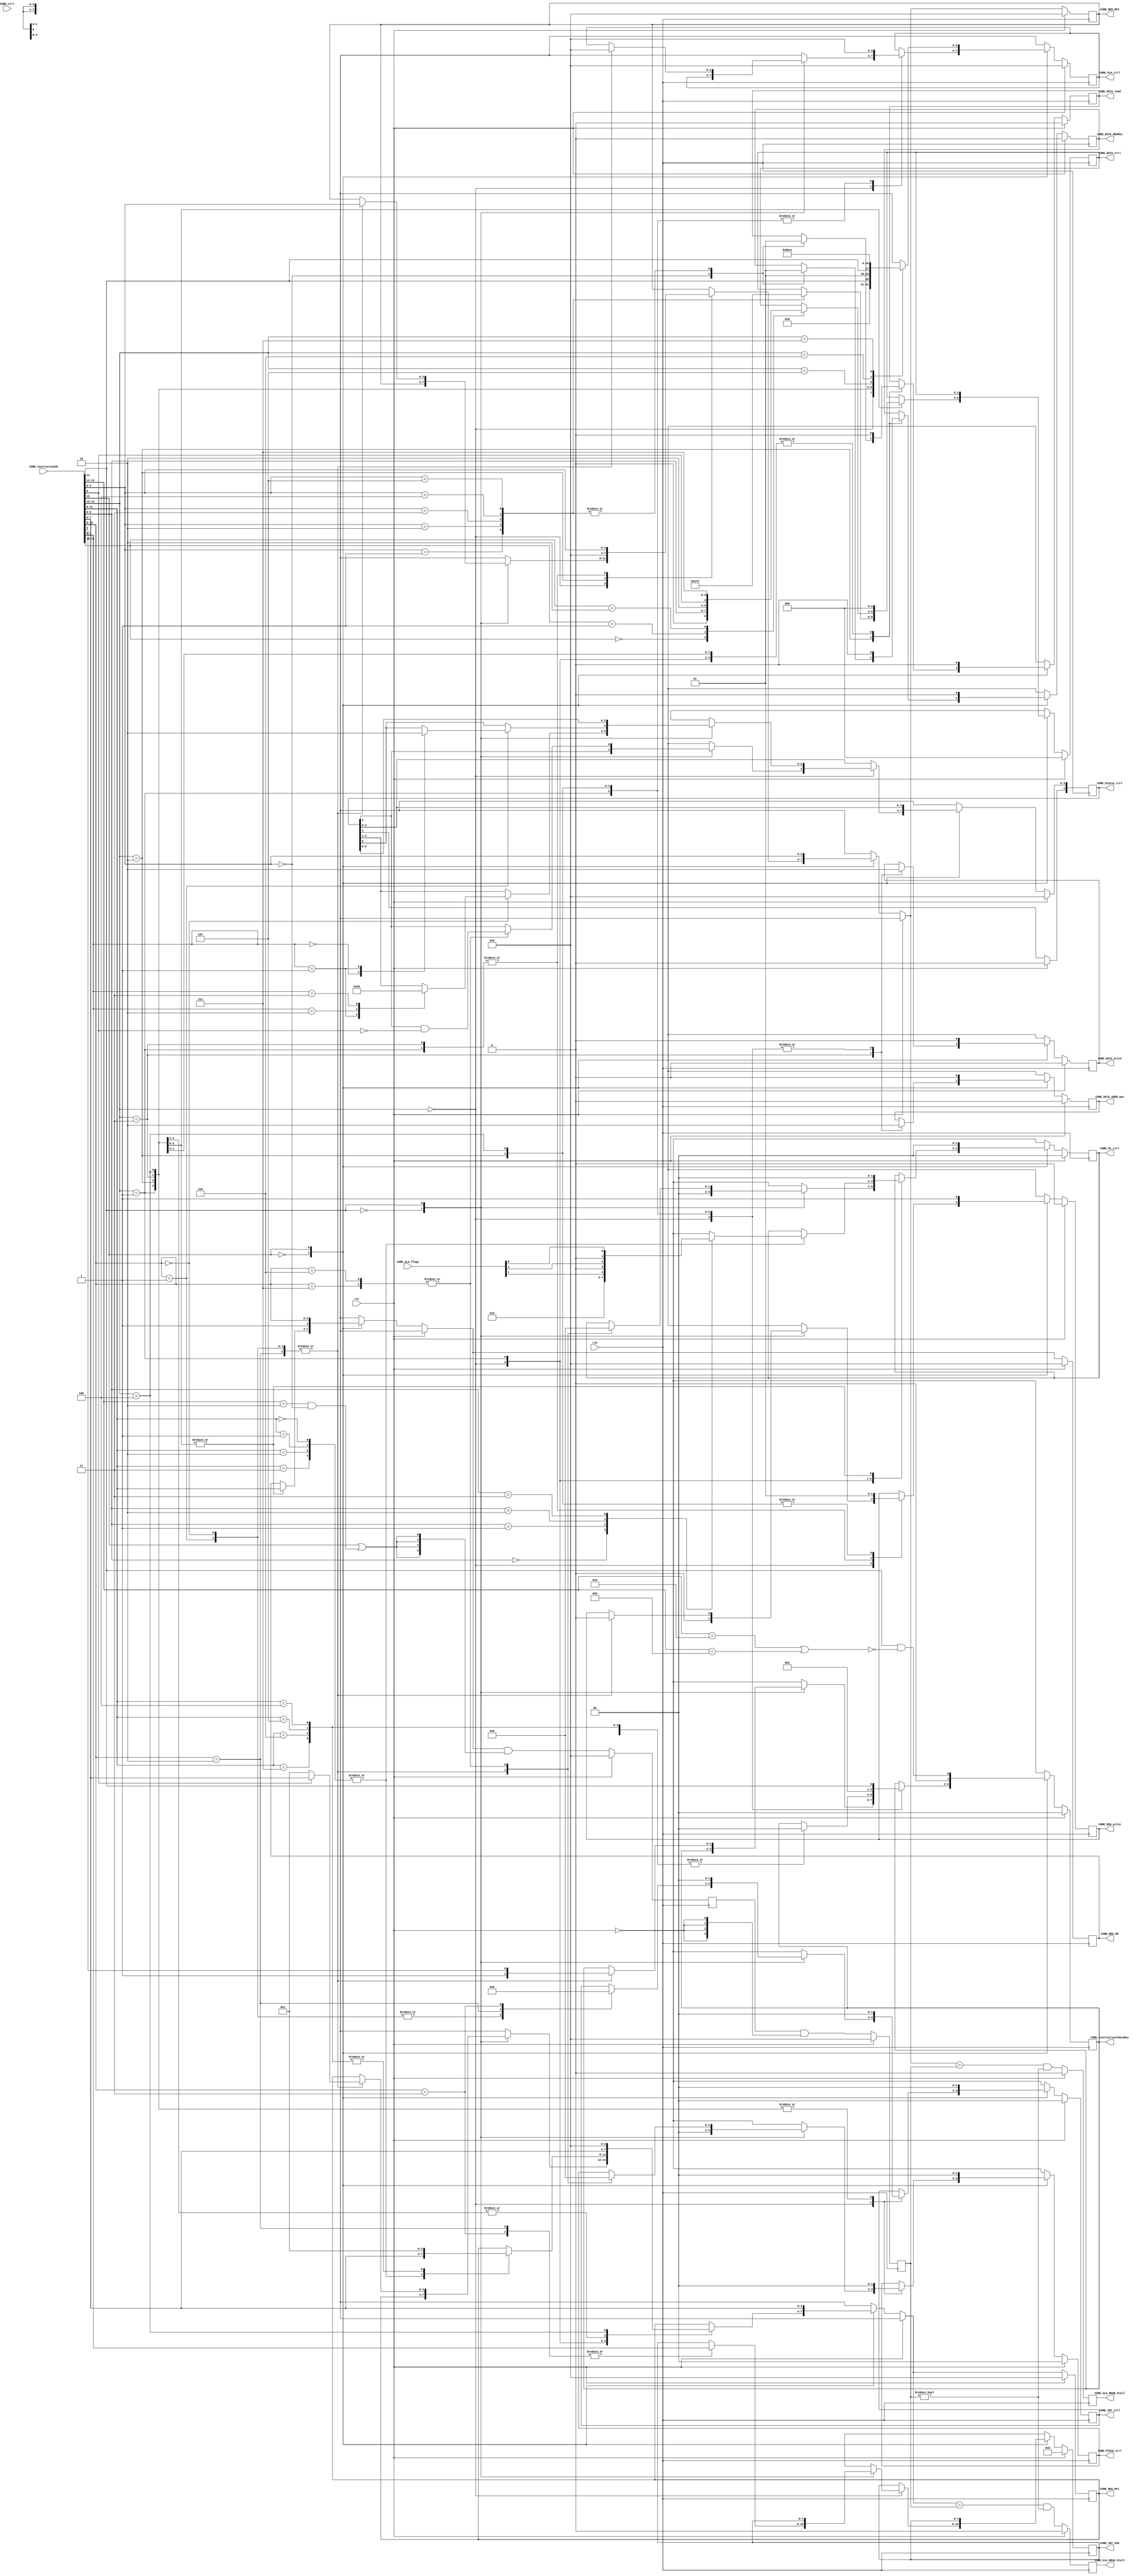
module NRISC_InstructionDecoder(
								CORE_InstructionIN,				//instruction input
								CORE_InstructionToULAMux,	//MUX ctrl of instruction in to REGs
								CORE_ctrl,								//CORE external input ctrl BUS
								CORE_Status_ctrl,					//CORE status output
								CORE_ULA_ctrl,						//ULA output ctrl BUS
								CORE_ULA_flags,						//ULA flags input {M,Z,C}
								CORE_ULA_REGA_Stall,
								CORE_ULA_REGB_Stall,
								CORE_REG_RF1,							//REGs to ULA ctrl 1
								CORE_REG_RF2,							//REGs to ULA ctrl 2
								CORE_REG_RD,							//REGs inputs ctrl
								CORE_REG_write,						//REGs write ctrl
								CORE_DATA_write,					//DATA write ctrl
								CORE_DATA_load,						//DATA load ctrl
								CORE_DATA_ctrl,						//DATA size load/store ctrl
								CORE_DATA_ADDR_mux,				//DATA clk
								CORE_DATA_REGMux,					//DATA to REGs MUX
								CORE_STACK_ctrl,					//CORE to STACK ctrl
								CORE_PC_ctrl,							//CORE to PC ctrl MUX
								CORE_INT_CHA,							//CORE to interrupt vector channel
								CORE_INT_ctrl,						//CORE to interrupt vector control
								clk,											//Main clk source
								rst												//general rst
								);

		//CORE
		input wire clk;
		input wire rst;
		input wire [2:0] CORE_ctrl;
		output reg [4:0] CORE_Status_ctrl;
		//Instruction
		input wire [15:0] CORE_InstructionIN;
		output reg [1:0]CORE_InstructionToULAMux;
		//ULA
		input wire [2:0] CORE_ULA_flags;
		output reg [3:0] CORE_ULA_ctrl;
		output reg CORE_ULA_REGA_Stall;
		output reg CORE_ULA_REGB_Stall;
		//REG ctrl
		output reg [3:0] CORE_REG_RD;
		output reg [3:0] CORE_REG_RF1;
		output reg [3:0] CORE_REG_RF2;
		output reg CORE_REG_write;
		//DATA
		output reg CORE_DATA_write;
		output reg CORE_DATA_load;
		output reg CORE_DATA_ADDR_mux;
		output reg [2:0] CORE_DATA_ctrl;
		output reg CORE_DATA_REGMux;
		//STACK
		output reg [1:0] CORE_STACK_ctrl;
		//PC
		output reg [1:0] CORE_PC_ctrl;
		//Interrupt Vector
		output reg [7:0] CORE_INT_CHA ;
		output reg [1:0] CORE_INT_ctrl ;

		reg [3:0] old_rd,old_rd1;
		reg rd_old_write;


//==========================COMECA A DESCRICAO==================================

		always @ ( posedge clk ) begin
			if(rst) begin
					CORE_Status_ctrl=0;
					CORE_InstructionToULAMux=0;
					CORE_ULA_ctrl=0;
					CORE_ULA_REGA_Stall=0;
					CORE_ULA_REGB_Stall=0;
					CORE_REG_RD=0;
					CORE_REG_RF1=0;
					CORE_REG_RF2=0;
					CORE_REG_write=0;
					CORE_DATA_write=0;
					CORE_DATA_load=0;
					CORE_DATA_ADDR_mux=0;
					CORE_DATA_ctrl=0;
					CORE_DATA_REGMux=0;
					CORE_STACK_ctrl=0;
					CORE_PC_ctrl=0;
					CORE_INT_CHA =0;
					CORE_INT_ctrl =0;
					old_rd1=0;
					rd_old_write=0;
			end
			else begin
				case(CORE_InstructionIN[15])
						1'b0:begin//No ULA Operation
									case(CORE_InstructionIN[14:12])
										3'h0:begin //CPU ctrl and CALL's
												case(CORE_InstructionIN[11])
													//==================OPERACOES DE CTRL=================
														1'b0:begin //CPU ctrl
																//CORE Operations
																case(CORE_InstructionIN[10:8])
																		3'h0:begin// CTRL select
																				//Interrupt Operations
																				CORE_INT_ctrl=2'b00;
																				case(CORE_InstructionIN[7:0])
																					8'h0:begin //No Operatio(NOP)

																					end
																					8'h1:begin //HALT
																						CORE_Status_ctrl[2:1]=2'b11;
																					end
																					8'h2:begin //WAIT
																						CORE_Status_ctrl[2:1]=2'b01;
																					end
																					8'h3:begin //SLEEP
																						CORE_Status_ctrl[2:1]=2'b10;
																					end
																				endcase
																		end

																		3'h1:begin// CPU Mode's Select
																				case(CORE_InstructionIN[7:0])
																					8'h0:begin //Global interrupt enable(GIE)
																						CORE_Status_ctrl[0]=1'b1;
																					end
																					8'h1:begin //Global interrupt disable(GID)
																						CORE_Status_ctrl[0]=1'b0;
																					end
																				endcase
																				//Interrupt Operations
																				CORE_INT_ctrl=2'b00; //no interrupt operations
																		end
																		3'h2:begin// Interrupt enable (SIE)
																				CORE_INT_CHA=CORE_InstructionIN[7:0]; //Select interrupt channel
																				CORE_INT_ctrl=2'b01; //Enable interrupt channel
																		end
																		3'h3:begin// Interrupt disable (SID)
																				CORE_INT_CHA=CORE_InstructionIN[7:0]; //Select interrupt channel
																				CORE_INT_ctrl=2'b10; //disable interrupt channel
																		end

																endcase
																//REGs Operations
																CORE_REG_write=1'b0; //No REGs data Write
																//ULA Operations
																 /*No ULA Operations*/
																//MEM Operations
																CORE_DATA_load=1'b0;	//No Data load
																CORE_DATA_write=1'b0; //No Data Write
																CORE_DATA_REGMux=1'b0;//REGs receive ULA_OUT
																CORE_DATA_ADDR_mux=1'b0;//DATA addr receive ULA_OUT
																//STACK Operations
																CORE_STACK_ctrl=2'b00;// No STACK operation
																//PC Operations
																CORE_PC_ctrl=2'b0;	//normal operation (PC=PC+1)
														end
													//==================CALL'S & RET'S====================
														1'b1:begin	//CALL's & RET's
																case(CORE_InstructionIN[10:8])
																	3'h0,3'h1,3'h2:begin //CALL's(CALL, RCALL & IRCALL)
																		//REGs Operations
																		CORE_REG_RF1= CORE_InstructionIN[8] ?
																										CORE_InstructionIN[7:4]:
																										4'h1;
																		CORE_REG_RF2=CORE_InstructionIN[3:0];
																		CORE_REG_write=1'b0; //no REGs data Write
																		//ULA Operations
																		CORE_InstructionToULAMux={1'b1,CORE_InstructionIN[9]};
																		CORE_ULA_ctrl=4'h0;//sum(ADD)
																		//STACK Operations
																		CORE_STACK_ctrl=2'b01;// avanca 1 na pilha
																		//PC Operations
																		CORE_PC_ctrl=2'b1;	//CALL or JMP operation (PC=ULA_OUT)
																	end
																	3'h6,3'h7: begin //RETs(RET & RETI)
																		//CORE Operations
																		CORE_Status_ctrl[3]= CORE_Status_ctrl[3]&~CORE_InstructionIN[8];
																		//STACK Operations
																		CORE_STACK_ctrl=2'b10;// retorna 1 na pilha
																		//PC Operations
																		CORE_PC_ctrl=2'b10;	//RET operation (PC=STACK-1)
																	end
																endcase
																//MEM Operations
																CORE_DATA_load=1'b0;	//No Data load
																CORE_DATA_write=1'b0; //No Data Write
																CORE_DATA_REGMux=1'b0;//REGs receive ULA_OUT
																CORE_DATA_ADDR_mux=1'b0;//DATA addr receive ULA_OUT
																//Interrupt Operations
																CORE_INT_ctrl=2'b00; //no interrupt operations

														end
												endcase
										end
										//=====================Desvio de fluxo======================
										3'h1:begin
											case(CORE_InstructionIN[11:8])
												4'h0,4'h1,4'h2,4'h3:begin //JMP,JZ,JM & JC
														//REGs Operations
														CORE_REG_RF1= CORE_InstructionIN[7:4];//REG_A receive RF1
														//ULA Operations
														CORE_InstructionToULAMux=2'b00; //ULA_B receive REG_B
														//PC Operations
														case(CORE_InstructionIN[9:8])
															2'h0://JMP
																	CORE_PC_ctrl=2'b01;	//CALL or JMP operation (PC=ULA_OUT)
															2'h1://JZ
																	CORE_PC_ctrl={1'b0,CORE_ULA_flags[1]};	//CALL or JMP operation (PC=ULA_OUT)
															2'h2://JM
																	CORE_PC_ctrl={1'b0,CORE_ULA_flags[2]};	//CALL or JMP operation (PC=ULA_OUT)
															2'h3://JC
																	CORE_PC_ctrl={1'b0,CORE_ULA_flags[0]};	//CALL or JMP operation (PC=ULA_OUT)
														endcase
														end
												4'h4,4'h5,4'h6,4'h7:begin //RJMP,RJZ,RJM & RJC
														//REGs Operations
														CORE_REG_RF1= 4'h1;//REG_A receive R1(PC)
														//ULA Operations
														CORE_InstructionToULAMux=2'b00; //ULA_B receive REG_B
														//PC Operations
														case(CORE_InstructionIN[9:8])
															4'h4://RJMP
																	CORE_PC_ctrl=2'b01;	//CALL or JMP operation (PC=ULA_OUT)
															4'h5://RJZ
																	CORE_PC_ctrl={1'b0,CORE_ULA_flags[1]};	//CALL or JMP operation (PC=ULA_OUT)
															4'h6://RJM
																	CORE_PC_ctrl={1'b0,CORE_ULA_flags[2]};	//CALL or JMP operation (PC=ULA_OUT)
															4'h7://RJC
																	CORE_PC_ctrl={1'b0,CORE_ULA_flags[0]};	//CALL or JMP operation (PC=ULA_OUT)
														endcase
														end
												4'h4,4'h5,4'h6,4'h7:begin //IRJMP,IRJZ,IRJM & IRJC
														//REGs Operations
														CORE_REG_RF1= 4'h1;//REG_A receive R1(PC)
														//ULA Operations
														CORE_InstructionToULAMux=2'b11; //ULA_B receive Instruction Imediate(signed)
														//PC Operations
														case(CORE_InstructionIN[9:8])
															4'h4://IRJMP
																	CORE_PC_ctrl=2'b01;	//CALL or JMP operation (PC=ULA_OUT)
															4'h5://IRJZ
																	CORE_PC_ctrl={1'b0,CORE_ULA_flags[1]};	//CALL or JMP operation (PC=ULA_OUT)
															4'h6://IRJM
																	CORE_PC_ctrl={1'b0,CORE_ULA_flags[2]};	//CALL or JMP operation (PC=ULA_OUT)
															4'h7://IRJC
																	CORE_PC_ctrl={1'b0,CORE_ULA_flags[0]};	//CALL or JMP operation (PC=ULA_OUT)
														endcase


												end
											endcase
											//REGs Operations
											CORE_REG_RF2=CORE_InstructionIN[3:0];
											CORE_REG_write=1'b0; //no REGs data Write
											//ULA Operations
											CORE_ULA_ctrl=4'h0;//sum(ADD)
											//STACK Operations
											CORE_STACK_ctrl=2'b00;// No STACK operation
											//MEM Operations
											CORE_DATA_load=1'b0;	//No Data load
											CORE_DATA_write=1'b0; //No Data Write
											CORE_DATA_REGMux=1'b0;//REGs receive ULA_OUT
											CORE_DATA_ADDR_mux=1'b0;//DATA addr receive ULA_OUT
											//Interrupt Operations
											CORE_INT_ctrl=2'b00; //no interrupt operations
										end

										//========================DATA MOV==========================
										3'h2:begin // LOAD's(MOV,LW,LSB,LUB,LSHW & LUHW)
												case(CORE_InstructionIN[3:0])
														4'h0:begin//MOV
																CORE_DATA_load=1'b0;	//No Data load
																CORE_DATA_REGMux=1'b0;//REGs receive ULA_OUT
																//CORE_DATA_ctrl=3'b0;
															end
														4'h1:begin//LW
																CORE_DATA_load=1'b1;	//yes Data load
																CORE_DATA_REGMux=1'b1;//REGs receive DATA_out
																CORE_DATA_ctrl=3'b0; //Load Word
															end
														4'h2:begin//LSB
																CORE_DATA_load=1'b1;	//yes Data load
																CORE_DATA_REGMux=1'b1;//REGs receive DATA_out
																CORE_DATA_ctrl=3'b101; //Load signed byte
															end
														4'h3:begin//LUB
																CORE_DATA_load=1'b1;	//yes Data load
																CORE_DATA_REGMux=1'b1;//REGs receive DATA_out
																CORE_DATA_ctrl=3'b001; //Load unsigned byte
															end
														4'h4:begin//LSHW
																CORE_DATA_load=1'b1;	//yes Data load
																CORE_DATA_REGMux=1'b1;//REGs receive DATA_out
																CORE_DATA_ctrl=3'b110; //Load signed half Word
															end
														4'h5:begin//LUHW
																CORE_DATA_load=1'b1;	//yes Data load
																CORE_DATA_REGMux=1'b1;//REGs receive DATA_out
																CORE_DATA_ctrl=3'b010; //Load unsigned half Word
															end
												endcase
												//CORE Operations
												//CORE_Status=2'b00;	//Normal operation
												//REGs Operations
												CORE_REG_RD=CORE_InstructionIN[11:8]; //
												CORE_REG_RF1=CORE_InstructionIN[7:4];
												CORE_REG_RF2=4'h0;
												CORE_REG_write=1'b1; //REGs data Write yes
												//ULA Operations
												CORE_InstructionToULAMux=2'b00;//No imediate load, ULA_B receie REG_B
												CORE_ULA_ctrl=4'h0;//sum(ADD)

												//MEM Operations

												CORE_DATA_write=1'b0; //No Data Write
												CORE_DATA_ADDR_mux=1'b0;//DATA addr receive ULA_OUT
												//Interrupt Operations
												CORE_INT_ctrl=2'b00; //no interrupt operations
												//STACK Operations
												CORE_STACK_ctrl=2'b00;// No STACK operation
												//PC Operations
												CORE_PC_ctrl=2'b0;	//normal operation (PC=PC+1)
												end
										3'h3:begin // STORE's
												case(CORE_InstructionIN[11:10])
														4'h0://SB
																CORE_DATA_ctrl={1'b0,CORE_InstructionIN[9:8]};//Store Byte N

														4'h1:
																CORE_DATA_ctrl={2'b10,CORE_InstructionIN[8]};

														4'h2:
																CORE_DATA_ctrl=3'b111; //Load signed byte

												endcase
												//CORE Operations
												//CORE_Status=2'b00;	//Normal operation
												//REGs Operations
												CORE_REG_RD=CORE_InstructionIN[11:8]; //
												CORE_REG_RF1=CORE_InstructionIN[7:4];
												CORE_REG_RF2=CORE_InstructionIN[3:0];
												CORE_REG_write=1'b0; //no REGs data Write
												//ULA Operations
												//No ULA operation
												//CORE_InstructionToULAMux=2'b00;//No imediate load, ULA_B receie REG_B
												//CORE_ULA_ctrl=4'h0;//sum(ADD)

												//MEM Operations
												CORE_DATA_load=1'b0;	//No Data load
												CORE_DATA_REGMux=1'b0;//REGs receive ULA_OUT
												//CORE_DATA_ctrl=3'b0; //Load Word
												CORE_DATA_write=1'b1; //Data Write yes
												CORE_DATA_ADDR_mux=1'b1;//DATA addr receive REG_A
												//Interrupt Operations
												CORE_INT_ctrl=2'b00; //no interrupt operations
												//STACK Operations
												CORE_STACK_ctrl=2'b00;// No STACK operation
												//PC Operations
												CORE_PC_ctrl=2'b0;	//normal operation (PC=PC+1)
										end
										3'h4:begin //LOAD's Imediate

												CORE_DATA_load=1'b0;	//no Data load from D-data
												CORE_DATA_REGMux=1'b0;//REGs receive ULA_out
												CORE_DATA_ctrl=3'b000; //Load unsigned half Word
												//CORE Operations
												//CORE_Status=2'b00;	//Normal operation
												//REGs Operations
												CORE_REG_RD=CORE_InstructionIN[11:8]; //
												CORE_REG_RF1=4'h0;
												//CORE_REG_RF2=4'h0;
												CORE_REG_write=1'b1; //REGs data Write yes
												//ULA Operations
												CORE_InstructionToULAMux={1'b1,CORE_InstructionIN[11]};//No imediate load, ULA_B receie REG_B
												CORE_ULA_ctrl=4'h0;//sum(ADD)

												//MEM Operations

												CORE_DATA_write=1'b0; //No Data Write
												CORE_DATA_ADDR_mux=1'b0;//DATA addr receive ULA_OUT
												//Interrupt Operations
												CORE_INT_ctrl=2'b00; //no interrupt operations
												//STACK Operations
												CORE_STACK_ctrl=2'b00;// No STACK operation
												//PC Operations
												CORE_PC_ctrl=2'b0;	//normal operation (PC=PC+1)
										end
										//========================EXTENSION=========================
									endcase
								end

//============================OPERACOES DE ULA==================================
						1'b1:begin//ULA Operation
									//CORE Operations
									//CORE_Status=2'b00;	//Normal operation
									//REGs Operations
									CORE_REG_RD={1'b1,CORE_InstructionIN[10:8]};
									CORE_REG_RF1=CORE_InstructionIN[7:4];
									CORE_REG_RF2=CORE_InstructionIN[3:0];
									CORE_REG_write=1'b1; //REGs data Write yes
									//ULA Operations
									CORE_InstructionToULAMux={1'b0,CORE_InstructionIN[11]&~
																						(CORE_InstructionIN[15:12]==4'hA |
																						 CORE_InstructionIN[15:12]==4'hB)};
									case(CORE_InstructionIN[14:12])
											3'h0:	CORE_ULA_ctrl=4'h0;//sum(ADD & ADDI)
											3'h1:	CORE_ULA_ctrl=4'h1;//sub(SUB & SUBI)
											3'h2:	CORE_ULA_ctrl={3'h1,CORE_InstructionIN[11]};//AND & NAND
											3'h3:	CORE_ULA_ctrl={2'h1,CORE_InstructionIN[11],1'b0};// OR & XOR
											3'h4:	CORE_ULA_ctrl=4'h8;//Logical Shift Rigth (SHLR & SHLRI)
											3'h5:	CORE_ULA_ctrl=4'hA;//Aritmetical Shift Rigth(SHAR & SHARI)
											3'h6:	CORE_ULA_ctrl=4'hC;// Shift Left (SHL & SHLI)
											3'h7:	CORE_ULA_ctrl=4'hE;//Rotate(ROT & ROTI)
									endcase
									//MEM Operations
									CORE_DATA_load=1'b0;	//No Data load
									CORE_DATA_write=1'b0; //No Data Write
									CORE_DATA_REGMux=1'b0;//REGs receive ULA_OUT
									CORE_DATA_ADDR_mux=1'b0;//DATA addr receive ULA_OUT
									//Interrupt Operations
									CORE_INT_ctrl=2'b00; //no interrupt operations
									//STACK Operations
									CORE_STACK_ctrl=2'b00;// No STACK operation
									//PC Operations
									CORE_PC_ctrl=2'b0;	//normal operation (PC=PC+1)
									end
				endcase
				CORE_ULA_REGB_Stall= (CORE_REG_RF2 == old_rd) & (old_rd !=0);
				CORE_ULA_REGA_Stall= (CORE_REG_RF1 == old_rd) & (old_rd !=0);
				old_rd1=CORE_REG_RD &{4 {CORE_InstructionIN[15] |
															((CORE_InstructionIN[15:12]==4'h2) &
															 (CORE_InstructionIN[3:0]==4'h0))}};
				end
		end
		always @ ( negedge clk) begin
			if(rst) old_rd=0;
			else old_rd=old_rd1& {4{~rst}};
		end
endmodule